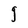
Character: g